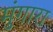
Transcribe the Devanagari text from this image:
मुंगारा